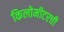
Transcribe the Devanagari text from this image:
किलोमीटरची